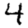
Digit: 4